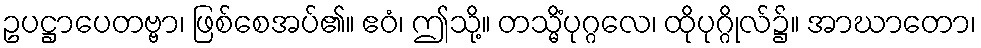
ဥပဋ္ဌာပေတဗ္ဗာ၊ ဖြစ်စေအပ်၏။ ဧဝံ၊ ဤသို့။ တသ္မိံပုဂ္ဂလေ၊ ထိုပုဂ္ဂိုလ်၌။ အာဃာတော၊